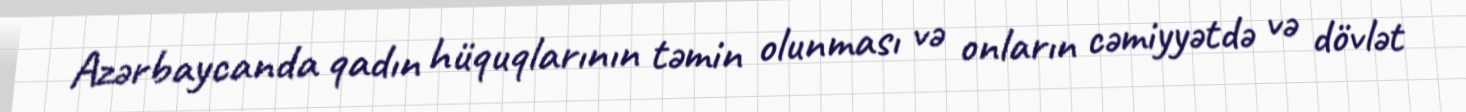
Azərbaycanda qadın hüquqlarının təmin olunması və onların cəmiyyətdə və dövlət